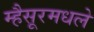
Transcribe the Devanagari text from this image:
म्हैसूरमधले